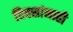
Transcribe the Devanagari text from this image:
दिवसांनाही